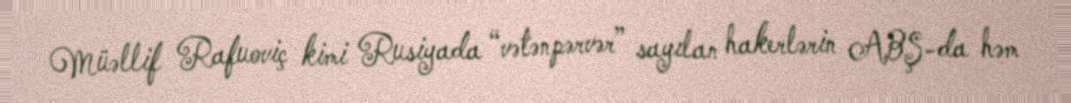
Müəllif Rafuoviç kimi Rusiyada “vətənpərvər” sayılan hakerlərin ABŞ-da həm